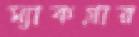
ম্যাকগ্রার